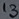
Text: 13